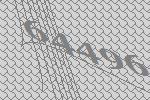
64496